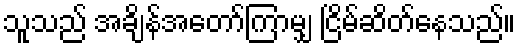
သူသည် အချိန်အတော်ကြာမျှ ငြိမ်ဆိတ်နေသည်။